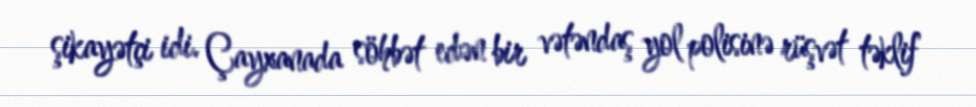
şikayətçi idi. Çayxanada söhbət edən bir vətəndaş yol polisinə rüşvət təklif